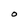
Character: O